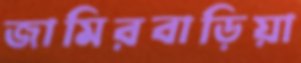
জামিরবাড়িয়া